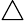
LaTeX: \triangle